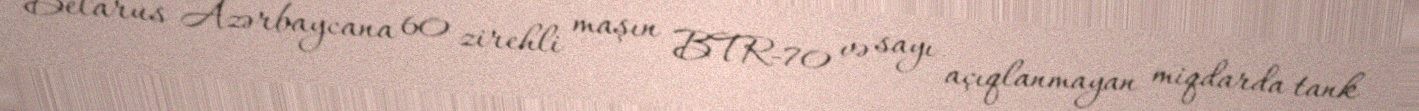
Belarus Azərbaycana 60 zirehli maşın BTR-70 və sayı açıqlanmayan miqdarda tank